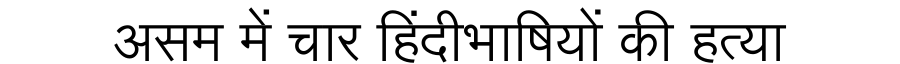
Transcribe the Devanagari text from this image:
असम में चार हिंदीभाषियों की हत्या